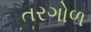
તરગોળ